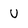
Character: U